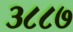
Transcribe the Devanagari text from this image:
३८८७